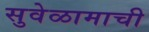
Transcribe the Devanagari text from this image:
सुवेळामाची